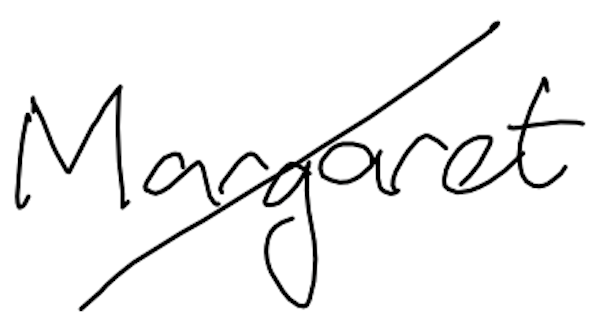
Text: Margaret
Cross-out: mix
Writing tool: digital_black